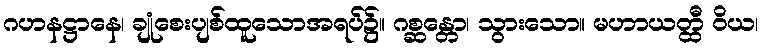
ဂဟနဋ္ဌာနေ၊ ချုံစေးပျစ်ထူသောအရပ်၌။ ဂစ္ဆန္တော၊ သွားသော။ မဟာယတ္ထီ ဝိယ၊